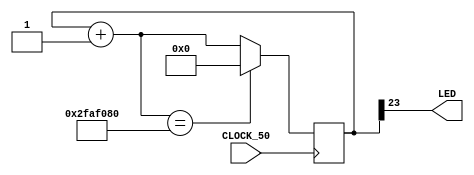
module fpgaflow(
	input wire CLOCK_50,
	output wire LED
);

parameter pClkFreq = 50000000;	// clock frequency in MHz
parameter pBaud = 19200;
parameter pClkMul = (4096 * pBaud) / (pClkFreq / 65536);


reg [0:31] ctr = 32'd0;

assign LED = ctr[8];

always @(posedge CLOCK_50)
begin
	ctr = ctr + 1;//32'd1;
	if (ctr == 50000000)
		ctr = 0;
end



endmodule